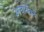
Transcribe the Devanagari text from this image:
आचार्यवर्य